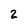
Character: 2